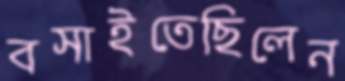
বসাইতেছিলেন